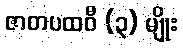
ဇာတပထဝီ (၃) မျိုး